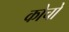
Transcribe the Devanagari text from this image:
कोचो